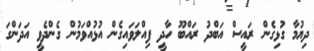
ދިޔުމާ ގުޅިގެން ރައީސް އަބްދު ރައްބޫ ހާދީ ފިއްލަވައިގެން އުޅުއްވަމުން ގެންދެވީ އަދަންގަ